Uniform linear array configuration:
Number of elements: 24
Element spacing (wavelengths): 0.75
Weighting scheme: hamming
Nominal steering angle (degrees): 60
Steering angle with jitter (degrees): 59.212
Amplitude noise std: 0.05
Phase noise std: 0.05

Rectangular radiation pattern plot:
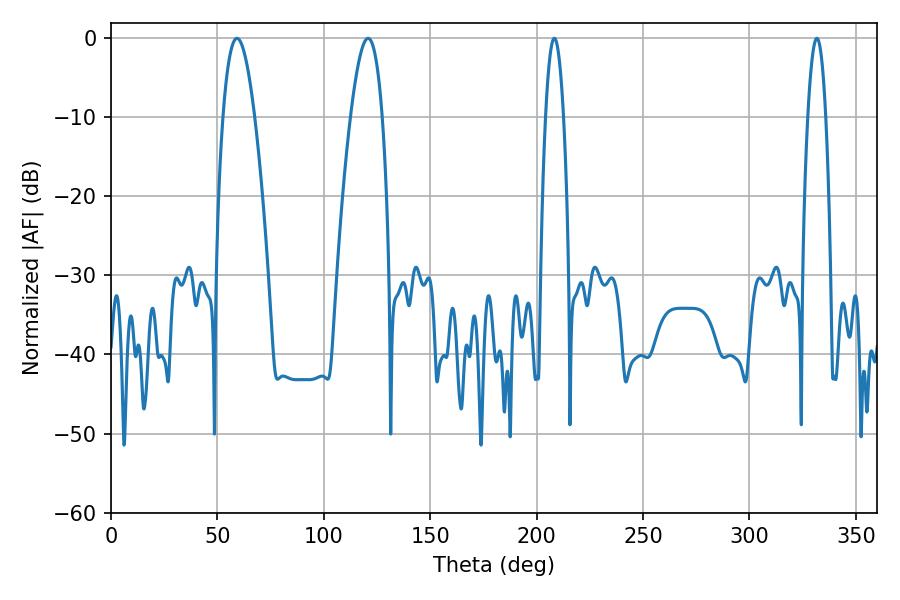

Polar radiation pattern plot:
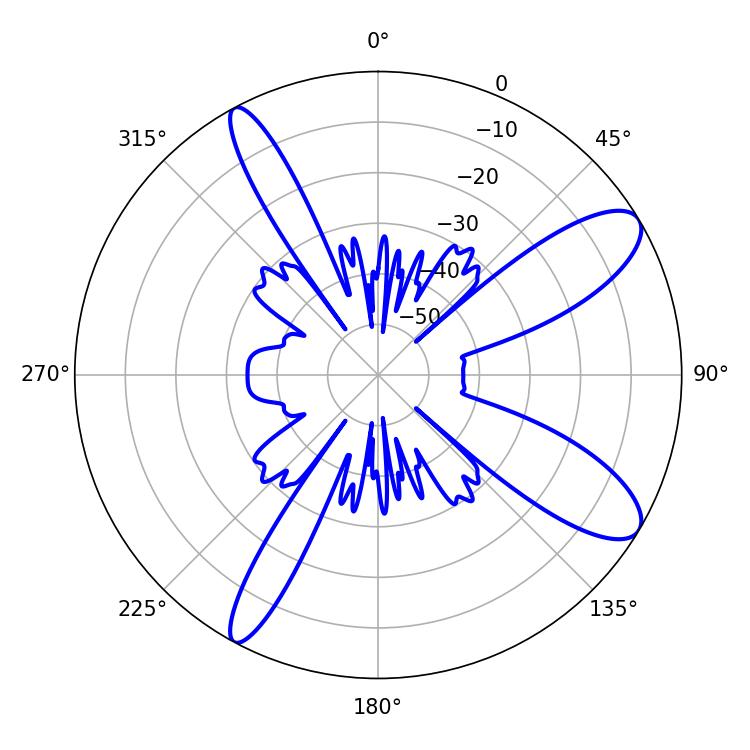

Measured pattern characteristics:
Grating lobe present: TRUE
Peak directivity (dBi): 10.434
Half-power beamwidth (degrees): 8.1
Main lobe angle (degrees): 59.22